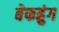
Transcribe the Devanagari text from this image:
बेफह्रुंग